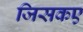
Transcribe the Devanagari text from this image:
जिसकए